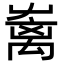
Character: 𡴥